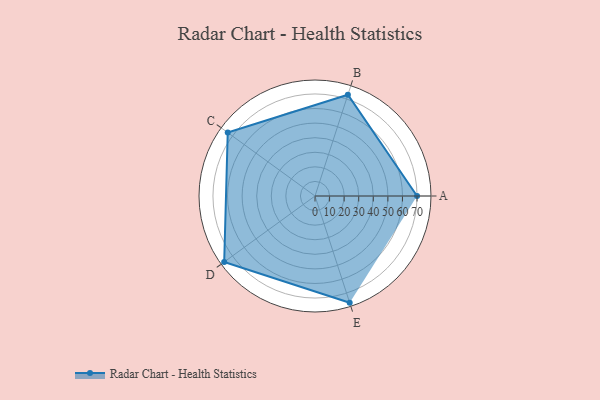
{"axis": {"x": "Skill", "y": "Score"}, "legend": ["Profile"], "data": [{"x": "A", "y": 70.0, "type": "Profile"}, {"x": "B", "y": 73.0, "type": "Profile"}, {"x": "C", "y": 74.0, "type": "Profile"}, {"x": "D", "y": 77.0, "type": "Profile"}, {"x": "E", "y": 77.0, "type": "Profile"}]}